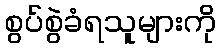
စွပ်စွဲခံရသူများကို